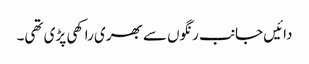
دائیں جانب رنگوں سے بھری راکھی پڑی تھی۔